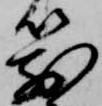
箭